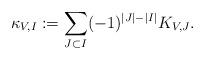
LaTeX: \begin{align*}\kappa_{V,I}:=\sum_{J\subset I}(-1)^{|J|-|I|}K_{V,J}.\end{align*}